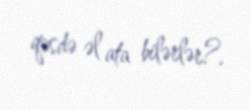
qəsdə əl ata bilərlər?.